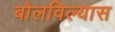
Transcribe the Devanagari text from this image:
बोलविल्यास